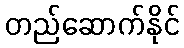
တည်ဆောက်နိုင်